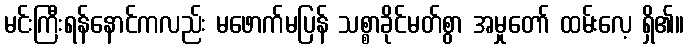
မင်းကြီးရန်နောင်ကလည်း မဖောက်မပြန် သစ္စာခိုင်မတ်စွာ အမှုတော် ထမ်းလေ့ ရှိ၏။